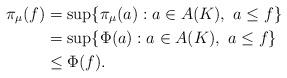
LaTeX: \begin{align*} \pi_\mu(f) &= \sup \{ \pi_\mu(a) : a \in A(K),\ a \le f \}\\ &= \sup \{ \Phi(a) : a \in A(K),\ a \le f \}\\ &\le \Phi(f).\end{align*}